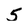
Character: 5